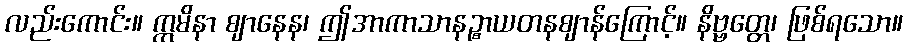
လည်းကောင်း။ ဣမိနာ ဈာနေန၊ ဤအာကာသာနဉ္စာယတနဈာန်ကြောင့်။ နိဗ္ဗတ္တေ၊ ဖြစ်ရသော။